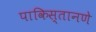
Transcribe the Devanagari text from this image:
पाकिस्तानणे